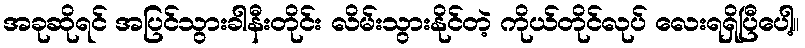
အခုဆိုရင် အပြင်သွားခါနီးတိုင်း လိမ်းသွားနိုင်တဲ့ ကိုယ်တိုင်လုပ် လေးရရှိပြီပေါ့။